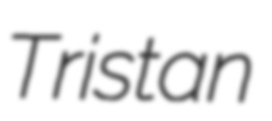
Tristan